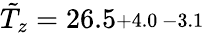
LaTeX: \tilde{T}_{z}=26.5\substack{+4.0\, -3.1}